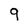
Character: 9